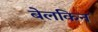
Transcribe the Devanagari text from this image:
बेलकिन